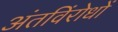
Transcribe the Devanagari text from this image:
अंतविंरोधों